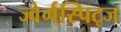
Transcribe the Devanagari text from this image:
ज्वेर्गस्पिट्ज